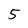
Character: 5